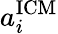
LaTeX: a_{i}^{\mathrm{ICM}}